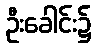
ဦးခေါင်း၌